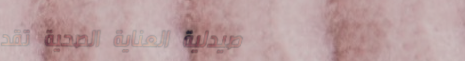
صيدلية العناية الصحية تقد